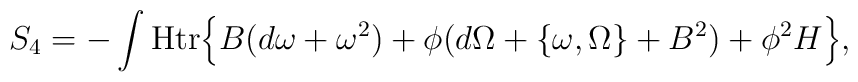
S_4=-\int{\mbox{Htr}}               \Bigl\{                      B(d\omega+\omega^2)                      +\phi(d\Omega+\{\omega,\Omega\}+B^2)                       +\phi^2H                \Bigr\},